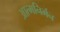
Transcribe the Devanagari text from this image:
आत्मनिर्भन